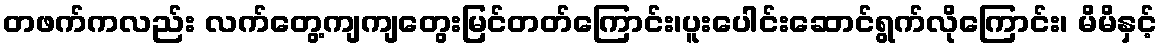
တဖက်ကလည်း လက်တွေ့ကျကျတွေးမြင်တတ်ကြောင်း၊ပူးပေါင်းဆောင်ရွက်လိုကြောင်း၊ မိမိနှင့်